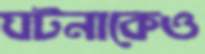
ঘটনাকেও